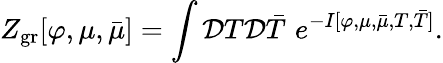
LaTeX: Z_{\mathrm{gr}}[\varphi,\mu,\bar{\mu}]=\int{\cal D}T{\cal D}\bar{T}\, \, e^{-I[\varphi,\mu,\bar{\mu},T,\bar{T}]}.